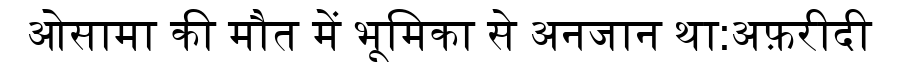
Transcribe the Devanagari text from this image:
ओसामा की मौत में भूमिका से अनजान था:अफ़रीदी